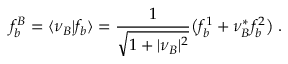
f _ { b } ^ { B } = \langle \nu _ { B } \vert f _ { b } \rangle = { \frac { 1 } { \sqrt { 1 + \vert \nu _ { B } \vert ^ { 2 } } } } \bigl ( f _ { b } ^ { 1 } + \nu _ { B } ^ { * } f _ { b } ^ { 2 } \bigr ) \; .